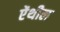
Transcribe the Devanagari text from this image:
ऐंथील